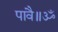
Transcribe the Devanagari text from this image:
पावै॥ॐ